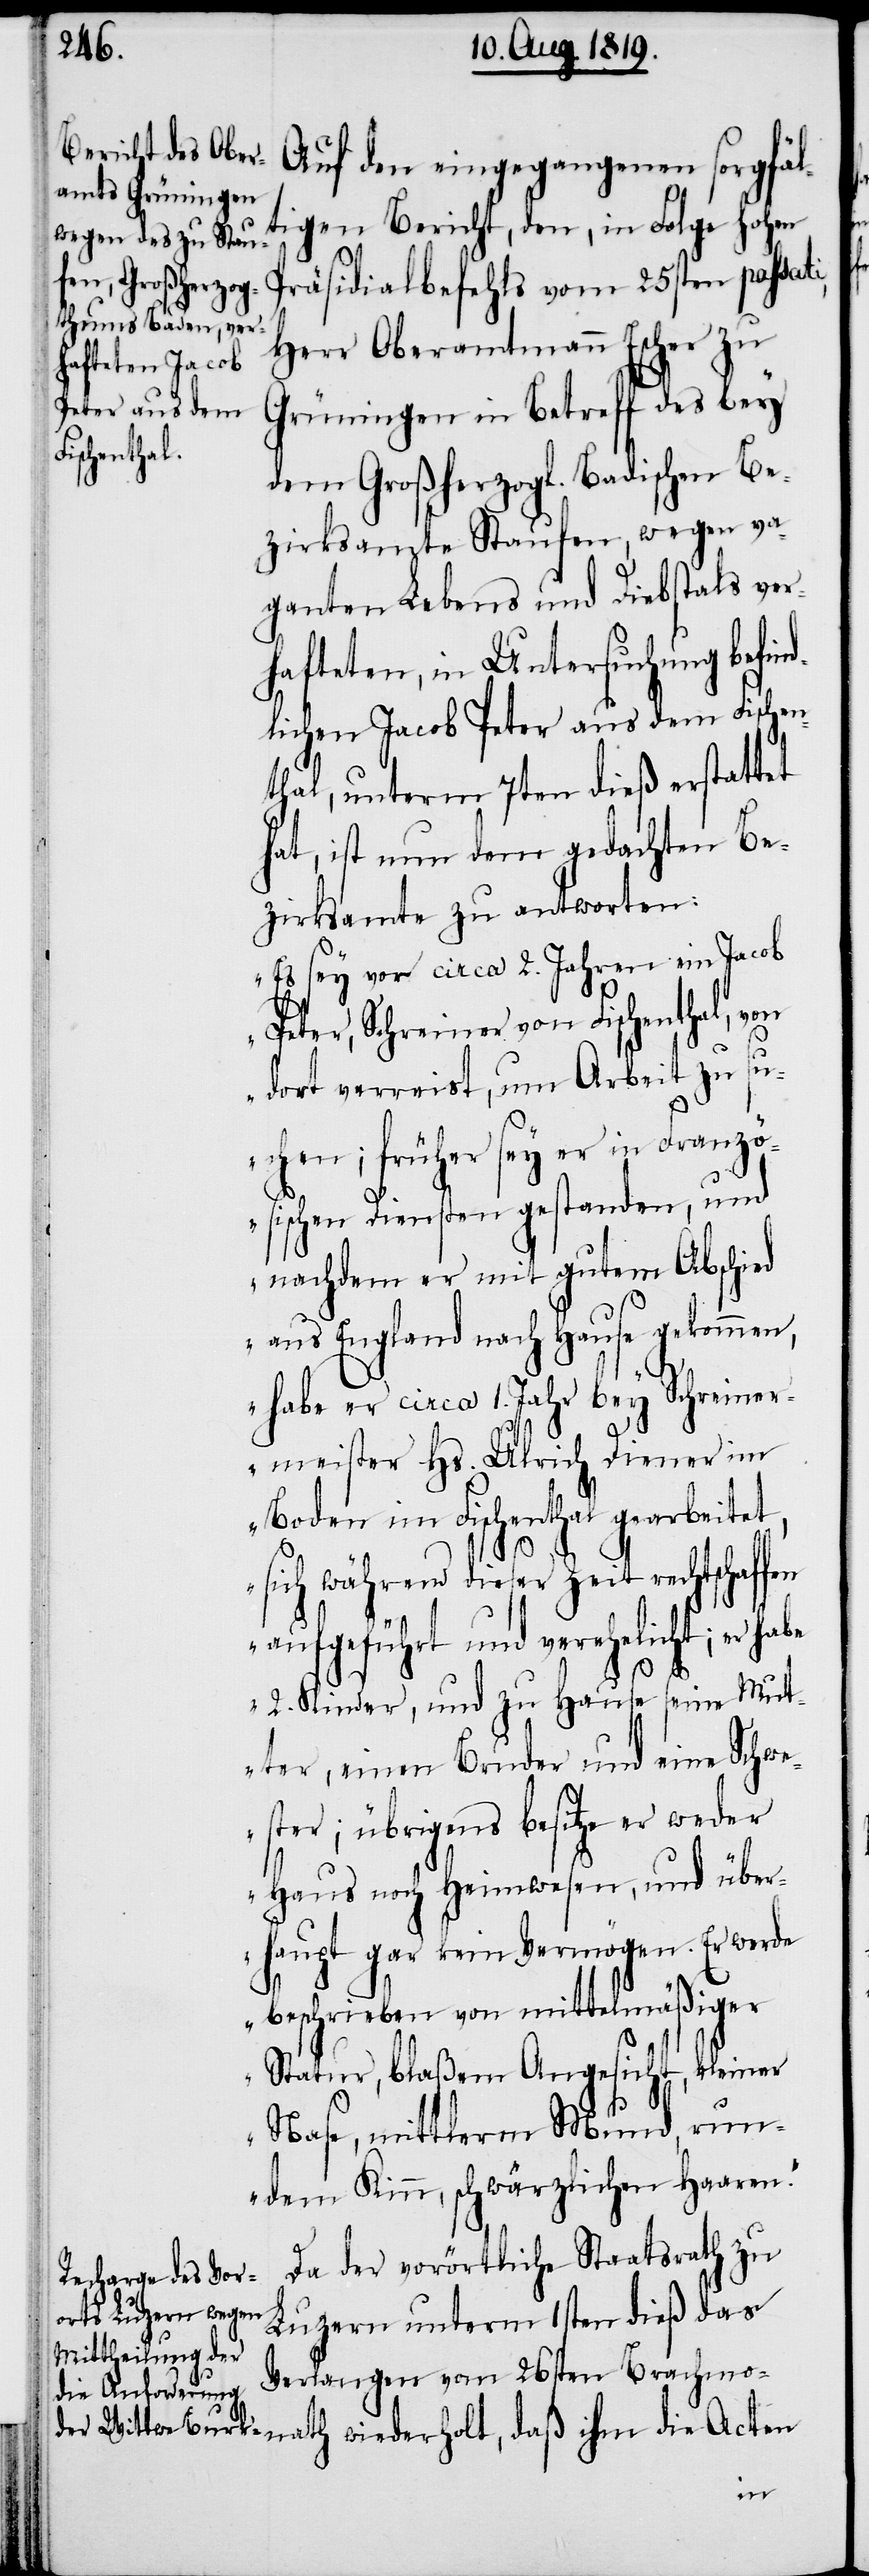
Auf den eingegangenen sorgfäl¬
tigen Bericht, den, in Folge hohen
Präsidialbefehls vom 25sten passat¬
Herr Oberamtmann Escher zu
Grüningen in Betreff des bey
schaffen
dem Großherzogl. Badischen Be¬
zirksamte Staufen, wegen va¬
ganten Lebens und Diebstals ver¬
hafteten, in Untersuchung befind¬
lichen Jacob Peter aus dem Fischen¬
thal, unterm 7ten dieß erstattet
hat, ist nun dem gedachten Be¬
zirksamte zu antworten:
„Es sey vor circa 2. Jahren ein Jacob
Peter, Schreiner von Fischenthal, von
dort verreist, um Arbeit zu su¬
chen; früher sey er in Franz¬
ösischen Diensten gestanden, und
nachdem er mit gutem Abschied
aus England nach Hause gekommen,
habe er circa 1. Jahr bey Schreiner¬
meister Hs. Ulrich Diener im
Boden im Fischenthal gearbeitet,
ath wiederholt,
aufgeführt und verehelicht; er
2. Kinder, und zu Hause seine Mut¬
ter, einen Bruder und eine Schwe¬
ster; übrigens besitze er weder
Haus noch Heimwesen, und über¬
haupt gar kein Vermögen. Er werde
beschrieben von mittelmäßiger
Statur, blaßem Angesicht, kleiner
Nase, mittlerm Mund, run¬
dem Kinn, schwärzlichen Haaren.“
Da der vorörtliche Staatsrath zu
Luzern unterm 1sten dieß das
Verlangen vom 26sten Brachmon¬
ihm